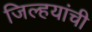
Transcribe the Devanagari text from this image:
जिल्हयांची